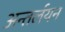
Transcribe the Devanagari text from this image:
अन्तर्लयन